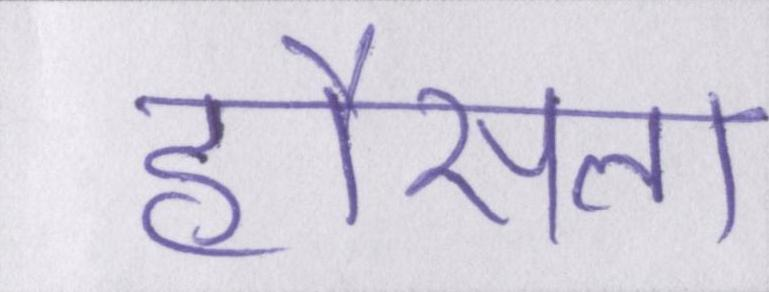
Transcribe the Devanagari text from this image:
हौंसला